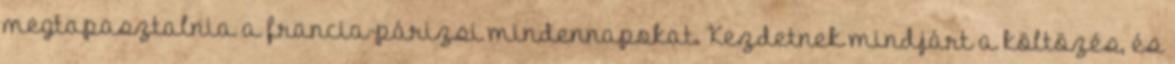
megtapasztalnia a francia-párizsi mindennapokat. Kezdetnek mindjárt a költözés, és